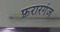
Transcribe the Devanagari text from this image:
फ़रारगंज